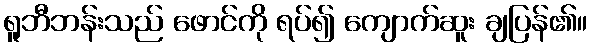
ရူဘီဘန်းသည် ဖောင်ကို ရပ်၍ ကျောက်ဆူး ချပြန်၏။